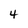
Character: 4